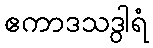
ဧကာဒသဒွါရံ